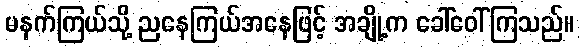
မနက်ကြယ်သို့ ညနေကြယ်အနေဖြင့် အချို့က ခေါ်ဝေါ်ကြသည်။